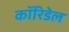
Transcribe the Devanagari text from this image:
कॉरिडेल